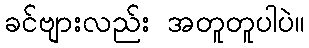
ခင်ဗျားလည်း အတူတူပါပဲ။